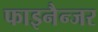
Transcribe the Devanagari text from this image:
फाइनैन्जर